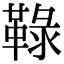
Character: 䩮